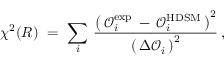
\chi ^ { 2 } ( R ) \ = \ \sum _ { i } \, \frac { \left( \, \mathcal { O } _ { i } ^ { \mathrm { e x p } } \: - \: \mathcal { O } _ { i } ^ { \mathrm { H D S M } } \, \right) ^ { 2 } } { \left( \, \Delta \mathcal { O } _ { i } \, \right) ^ { 2 } } \, ,